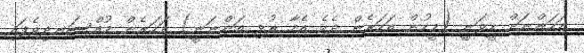
އަހަންނަށް ހީވަނީ (މީހުން އަހަރެން ދެކެ އެހާ ރުޅި އަންނަނީ) އަހަރެން މުއްސަނދިވެފައި